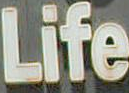
Life